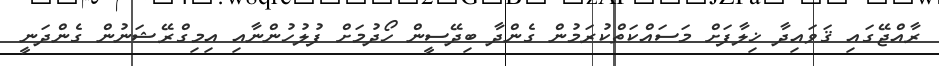
ރާއްޖޭގައި ޤަވައިދާ ޚިލާފަށް މަސައްކަތްކުރަމުން ގެންދާ ބިދޭސީން ހޯދުމަށް ފުލުހުންނާއި އިމިގްރޭޝަނުން ގެންދަނީ